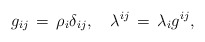
\begin{align*}g_{ij}\,=\,\rho_{i}\delta_{ij},\quad \lambda^{ij}\,=\,\lambda_{i}g^{ij},\end{align*}